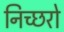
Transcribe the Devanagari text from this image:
निच्छरो